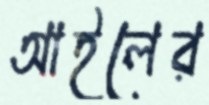
আইলের